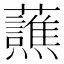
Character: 𬟤